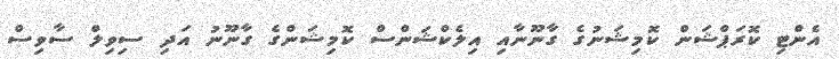
އެންޓި ކޮރަޕްޝަން ކޮމިޝަނުގެ ގާނޫނާއި އިލެކްޝަންސް ކޮމިޝަންގެ ގާނޫނު އަދި ސިވިލް ސާވިސް